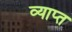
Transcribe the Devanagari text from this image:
व्याप्‍त